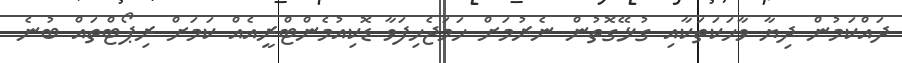
ދައްކަމުން ދިޔާ ވާހަކަތަކާއި ގުޅޭގޮތުން ނެރުމަށް ހަމަޖެހިފަވާ ޑޮކިއުމެންޓްރީއެއް ކަމަށް ރިޕޯޓްތައް ބުނެ